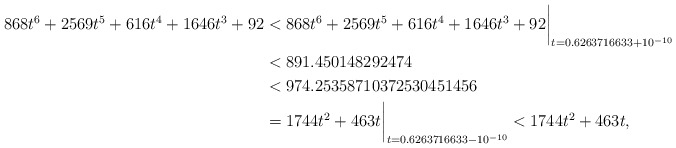
\begin{align*}868t^6 + 2569t^5 + 616t^4 + 1646t^3 + 92 & < 868t^6 + 2569t^5 + 616t^4 + 1646t^3 + 92\biggr\rvert_{t=0.6263716633 + 10^{-10}} \\& < 891.450148292474 \\& < 974.25358710372530451456 \\& = 1744t^2 + 463t\biggr\rvert_{t=0.6263716633 - 10^{-10}} < 1744t^2 + 463t, \end{align*}